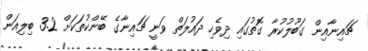
ޗައިނާއިން ގަބޫލުކުރާ ގޮތުގައި ދިވެހި ދައުލަތް ވަނީ ޗައިނާގެ ބޭންކުތަކަށް 3.2 ބިލިއަން